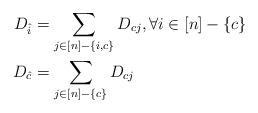
LaTeX: \begin{align*} D_{\hat i} &= \sum_{j\in [n]-\{i,c\}}D_{cj}, \forall i\in [n]-\{ c \} \\ D_{\hat c} &= \sum_{j\in [n]-\{c\}}D_{cj} \end{align*}